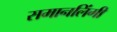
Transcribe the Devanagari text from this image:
समानलिंगी